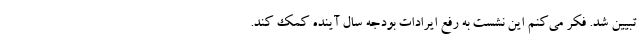
تبیین شد. فکر می‌کنم این نشست به رفع ایرادات بودجه سال آینده کمک کند.